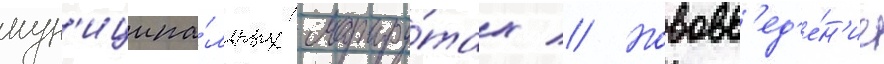
мун'иципа́льных маршру́тах // Нововв'ед'е́н'ие